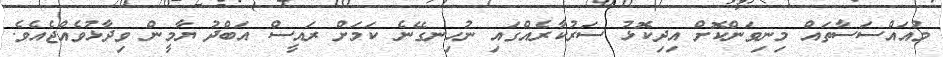
މުއައްސަސާތައް މިނިވަންކޮށް އިދިކޮޅު ސަރުކާރެއްގައި ނުހިނގޭނެ ކަމަށް ރައީސް އަބްދު ޔާމީން ވިދާޅުވެއްޖެއެވެ.